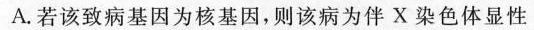
A.若该致病基因为核基因，则该病为伴X染色体显性